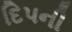
દિપની